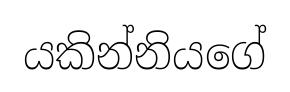
යකින්නියගේ